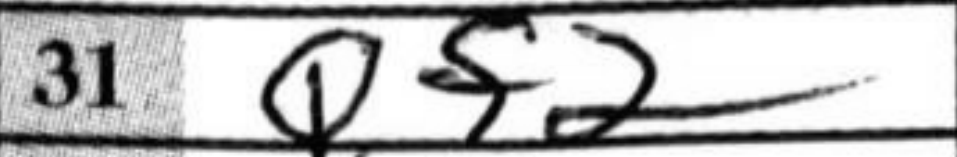
Transcription: Qf2